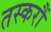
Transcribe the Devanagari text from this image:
तस्करौं